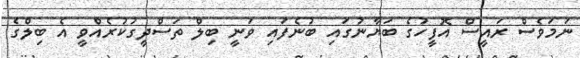
ނަމަވެސް ރައީސް އޮފީހުގެ ބަޔާނުގައި ބުނެފައި ވަނީ ބިލް ތަސްދީގުކުރެއްވީ އެ ބިލްގެ